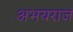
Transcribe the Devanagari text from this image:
अभयराज